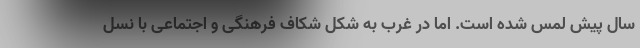
سال پیش لمس شده است. اما در غرب به شکل شکاف فرهنگی و اجتماعی با نسل